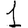
Digit: 1